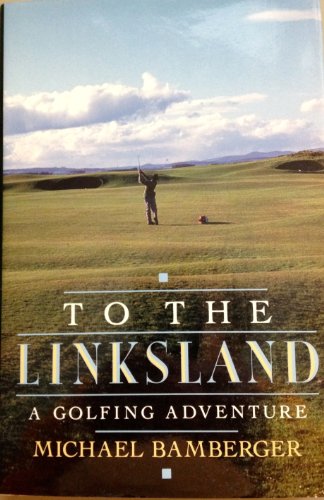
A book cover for To the Linksland: A Golfing Adventure; Michael Bamberger; Biographies & Memoirs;